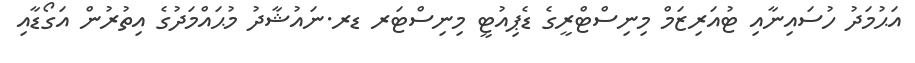
އަޙުމަދު ހުސައިނާއި ޓުއަރިޒަމް މިނިސްޓްރީގެ ޑެޕިއުޓީ މިނިސްޓަރ ޑރ.ނައުޝާދު މުޙައްމަދުގެ އިތުރުން އަގޯޑާއި